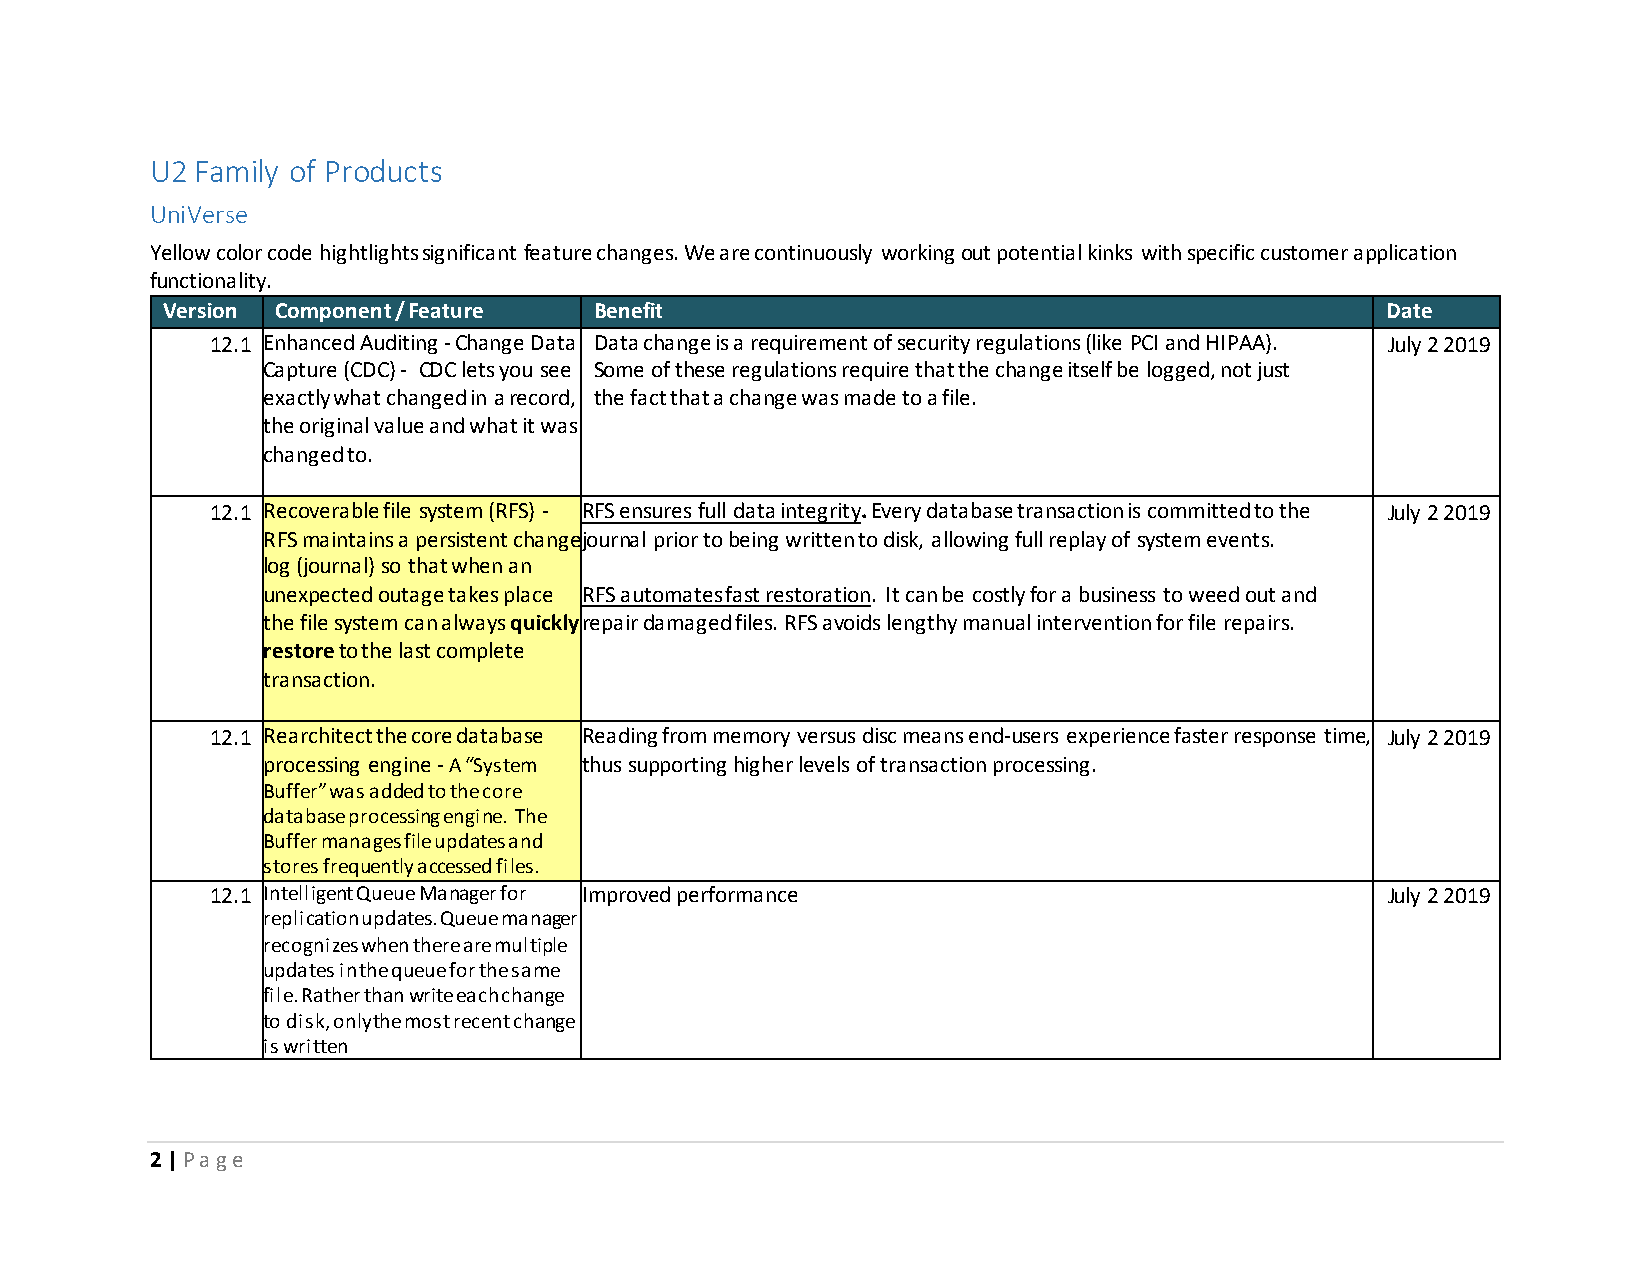
U2 Family of Products
 UniVerse
 Yellow color code hightlights significant feature changes. We are continuously working out potential kinks with specific customer application
 functionality.
 Version Component / Feature Benefit                                              Date
 12.1 Enhanced Auditing - Change Data Data change is a requirement of security regulations (like PCI and HIPAA). July 2 2019
 Capture (CDC) - CDC lets you see Some of these regulations require that the change itself be logged, not just
 exactly what changed in a record, the fact that a change was made to a file.
 the original value and what it was
 changed to.
 12.1 Recoverable file system (RFS) - RFS ensures full data integrity. Every database transaction is committed to the July 2 2019
 RFS maintains a persistent change journal prior to being written to disk, allowing full replay of system events.
 log (journal) so that when an
 unexpected outage takes place RFS automates fast restoration. It can be costly for a business to weed out and
 the file system can always quickly repair damaged files. RFS avoids lengthy manual intervention for file repairs.
 restore to the last complete
 transaction.
 12.1 Rearchitect the core database Reading from memory versus disc means end-users experience faster response time, July 2 2019
 processing engine - A “System thus supporting higher levels of transaction processing.
 Buffer” was added to the core
 database processing engine. The
 Buffer manages file updates and
 stores frequently accessed files.
 12.1 Intelligent Queue Manager for Improved performance                       July 2 2019
 replication updates. Queue manager
 recognizes when there are multiple
 updates in the queue for the same
 file. Rather than write each change
 to disk, only the most recent change
 is written
 2 | P a g e